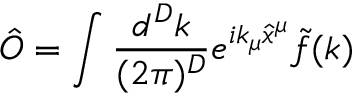
\hat { \cal O } = \int \frac { d ^ { D } k } { ( 2 \pi ) ^ { D } } e ^ { i k _ { \mu } \hat { x } ^ { \mu } } \tilde { f } ( k )